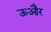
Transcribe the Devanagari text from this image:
ऊऔर